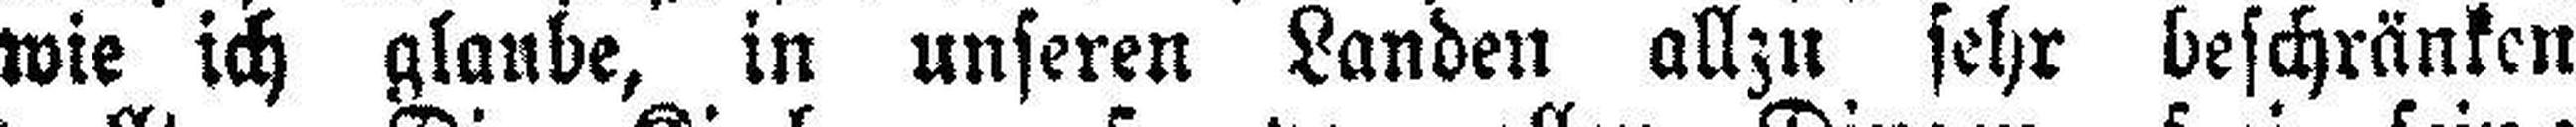
wie ich glaube, in unseren Landen allzu sehr beschränken